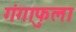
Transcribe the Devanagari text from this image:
गंगाफुला